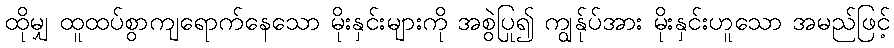
ထိုမျှ ထူထပ်စွာကျရောက်နေသော မိုးနှင်းများကို အစွဲပြု၍ ကျွန်ုပ်အား မိုးနှင်းဟူသော အမည်ဖြင့်